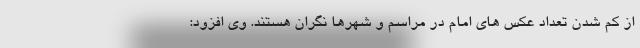
از کم شدن تعداد عکس های امام در مراسم و شهرها نگران هستند. وی افزود: